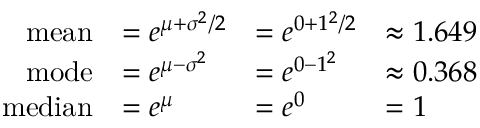
{ \begin{array} { r l l l } { { \mathrm { m e a n } } } & { = e ^ { \mu + \sigma ^ { 2 } / 2 } } & { = e ^ { 0 + 1 ^ { 2 } / 2 } } & { \approx 1 . 6 4 9 } \\ { { \mathrm { m o d e } } } & { = e ^ { \mu - \sigma ^ { 2 } } } & { = e ^ { 0 - 1 ^ { 2 } } } & { \approx 0 . 3 6 8 } \\ { { \mathrm { m e d i a n } } } & { = e ^ { \mu } } & { = e ^ { 0 } } & { = 1 } \end{array} }